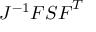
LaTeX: J ^ { - 1 } { \boldsymbol { F } } { \boldsymbol { S } } { \boldsymbol { F } } ^ { T }